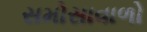
સમોસાવાળો